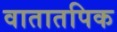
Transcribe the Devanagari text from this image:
वातातपिक